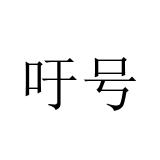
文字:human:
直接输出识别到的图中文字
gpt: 吁号